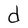
Character: d